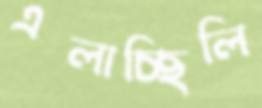
এলাচ্ছিলি